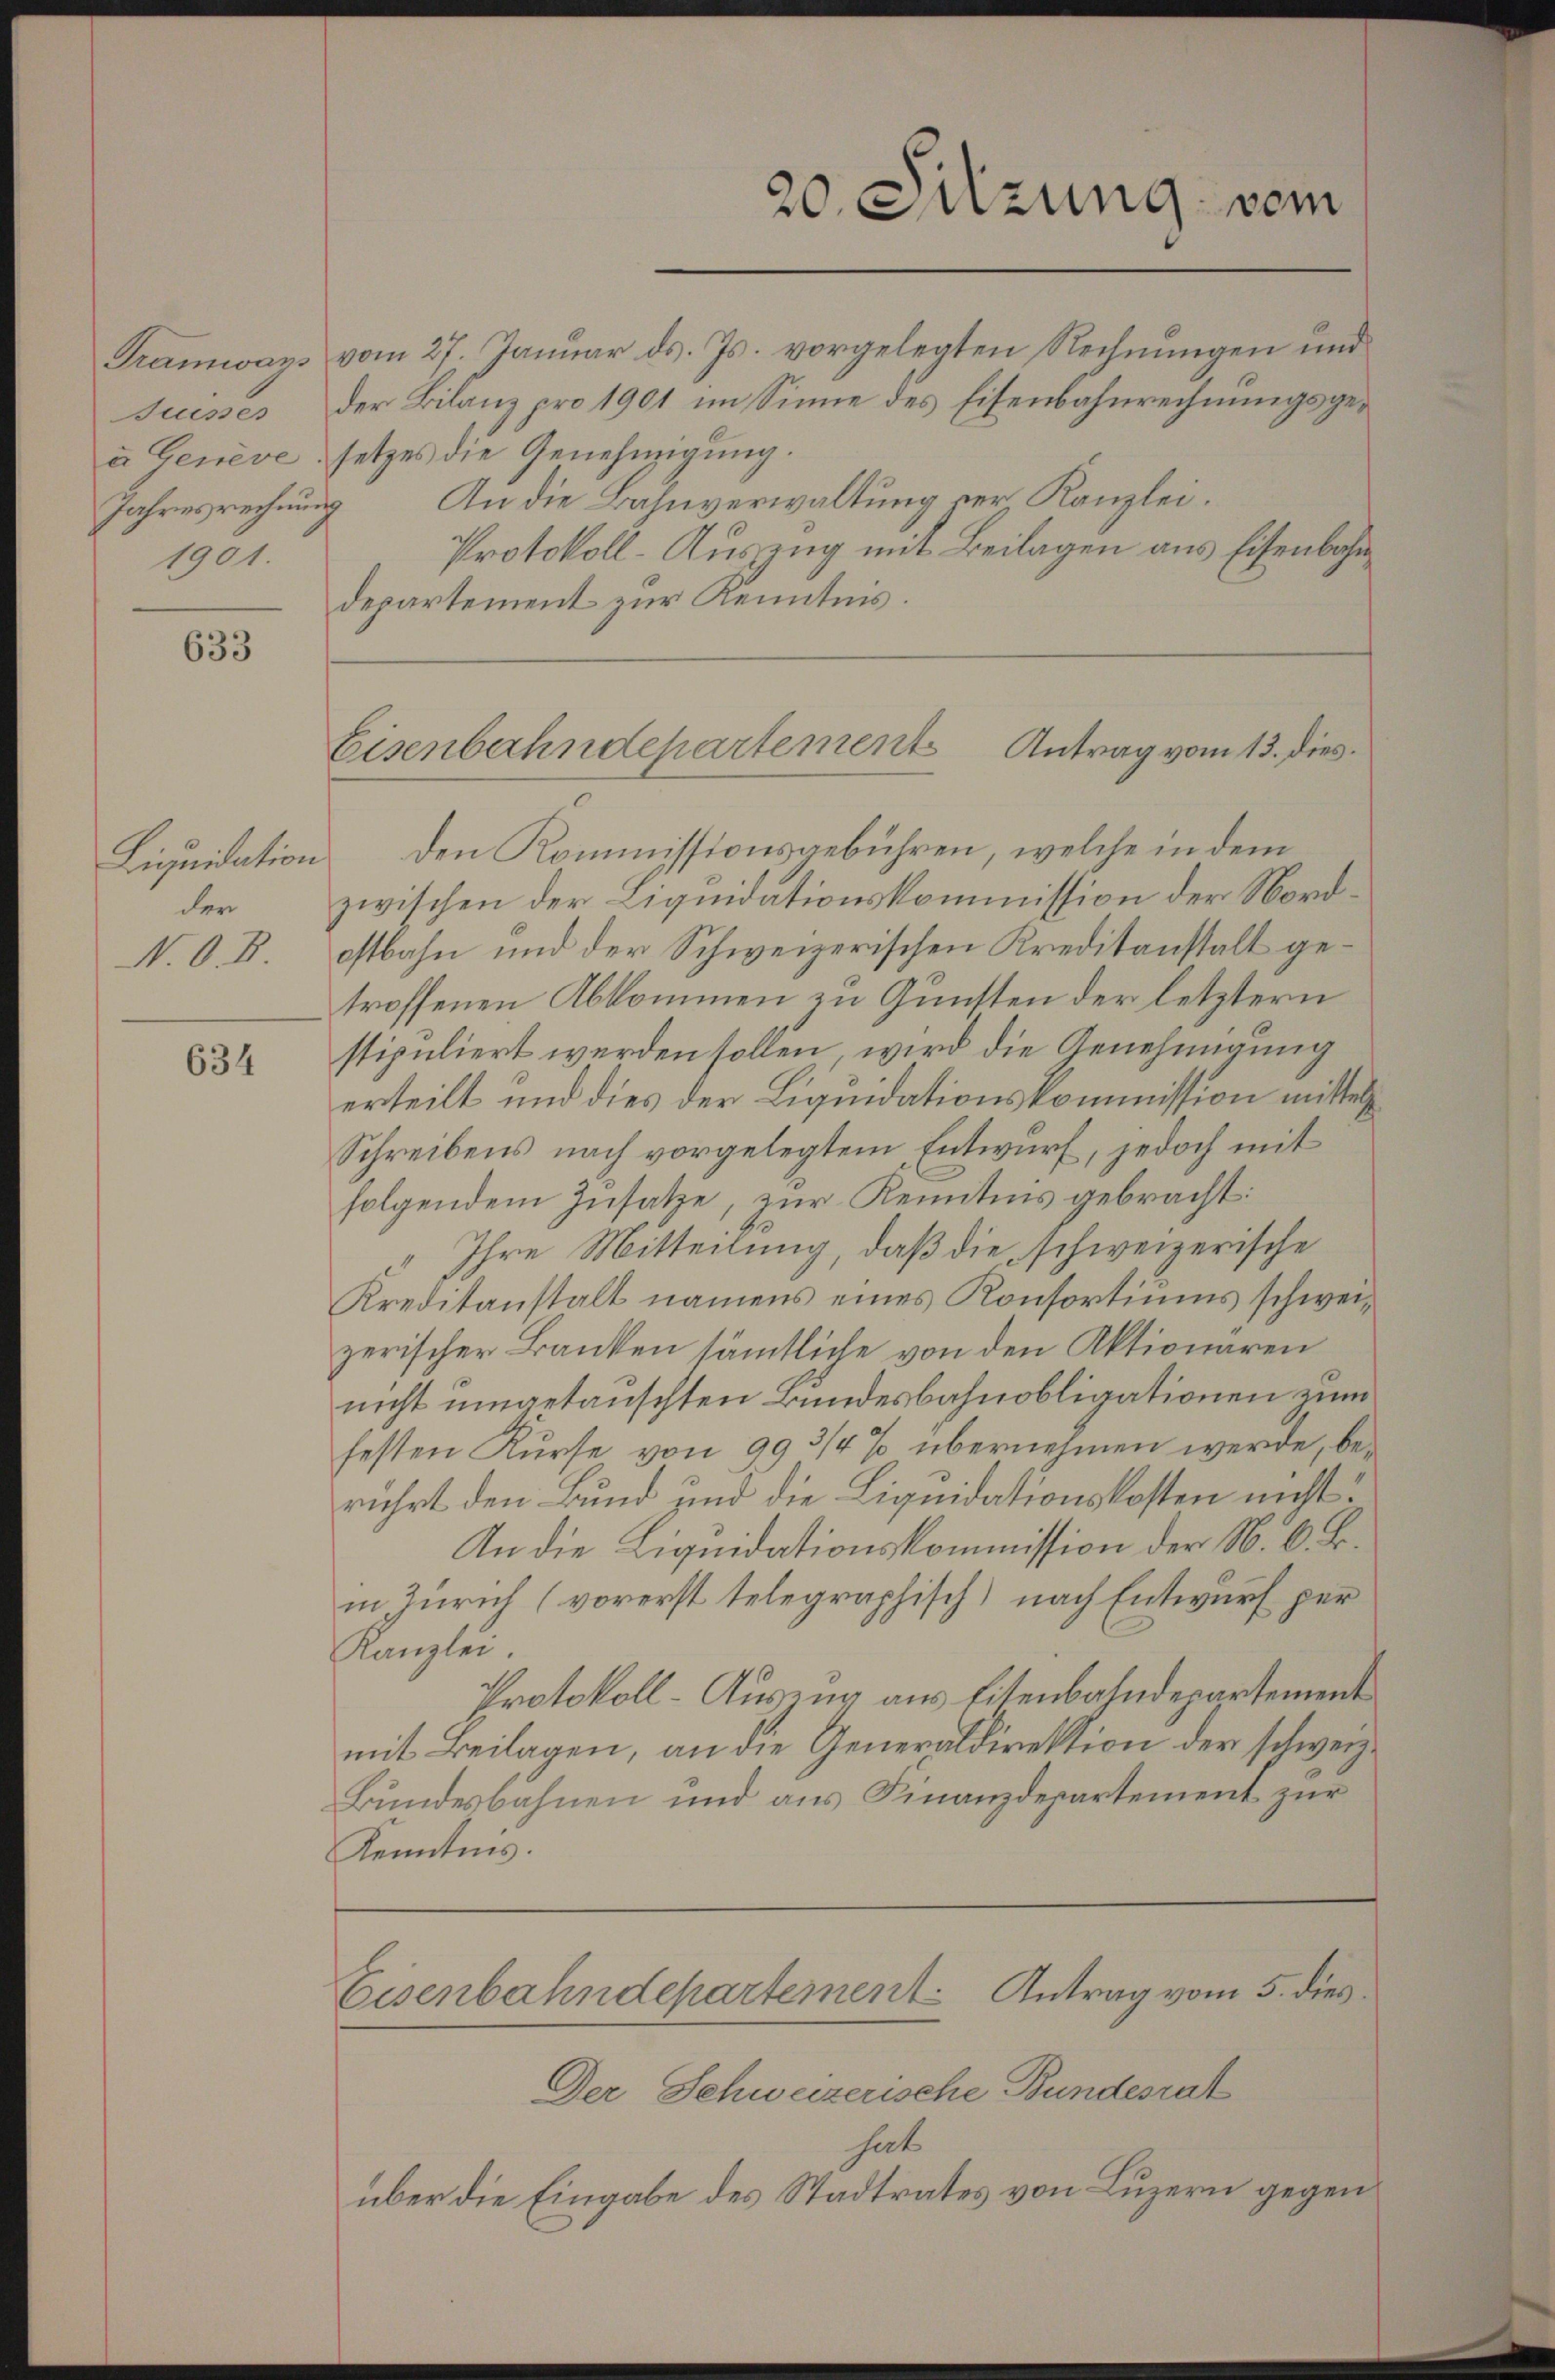
1901.

633

der
N. O. B.

634

20. Sitzung vom

Eisenbahndepartement Antrag vom 13. dies

Liquidation den Kommissionsgebühren, welche in dem
zwischen der Liquidationskommission der Nordostbahn und der Schweizerischen Kreditanstalt getroffenen Abkommen zu Gunsten der letztern
stipuliert werden sollen, wird die Genehmigung
erteilt und dies der Liquidationskommission mittels
Schreibens nach vorgelegtem Entwurf, jedoch mit
folgendem Zusatze, zur Kenntnis gebracht:
Ihre Mitteilung, daß die schweizerische
Kreditanstalt namens eines Konsortiums schweizerischer Banken sämmtliche von den Aktionären
nicht umgetauschten Bundesbahnobligationen zum
festen Kurse von 993/4% übernehmen werde, berührt den Bund und die Liquidationskosten nicht.
An die Liquidationskommission der N. O. B.
in Zürich (vorerst telegraphisch) nach Entwurf per
Kanzlei.
Protokoll-Auszug aus Eisenbahndepartement
mit Beilagen, an die Generaldirektion der schweiz.
Bundesbahnen und aus Finanzdepartement zur
Kenntnis.

Tramways vom 27. Januar ds. Js. vorgelegten Rechnungen und
Juises der Bilanz pro 1901 im Sinne des Eisenbahnrechnungsgea Genève, setzes die Genehmigung.
Jahresrechnung An die Bahnverwaltung vers Kanzlei.
Protokoll-Auszug mit Beilagen aus Eisenbahndepartement zur Kenntnis.

Eisenbahndepartement Antrag vom 5. dies

Der Schweizerische Bundesrat
hat
über die Eingabe des Stadtrates von Luzern gegen